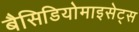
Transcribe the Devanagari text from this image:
बैसिडियोमाइसेट्स